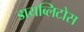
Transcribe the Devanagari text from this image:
डायब्लिटोस